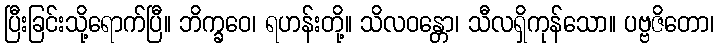
ပြီးခြင်းသို့ရောက်ပြီ။ ဘိက္ခဝေ၊ ရဟန်းတို့။ သိလဝန္တော၊ သီလရှိကုန်သော။ ပဗ္ဗဇိတော၊